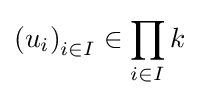
\left(u_{i}\right)_{i\in I}\in \prod _{i\in I}k